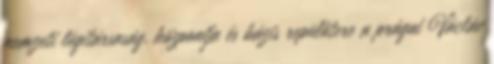
nemzeti légitársaság, központja és bázis repülőtere a prágai Václáv